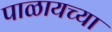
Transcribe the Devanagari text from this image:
पाळायच्या